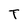
Character: T